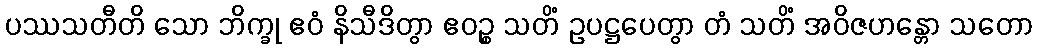
ပဿသတီတိ သော ဘိက္ခု ဧဝံ နိသီဒိတွာ ဧဝဉ္စ သတိံ ဥပဋ္ဌပေတွာ တံ သတိံ အဝိဇဟန္တော သတော